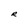
Character: R